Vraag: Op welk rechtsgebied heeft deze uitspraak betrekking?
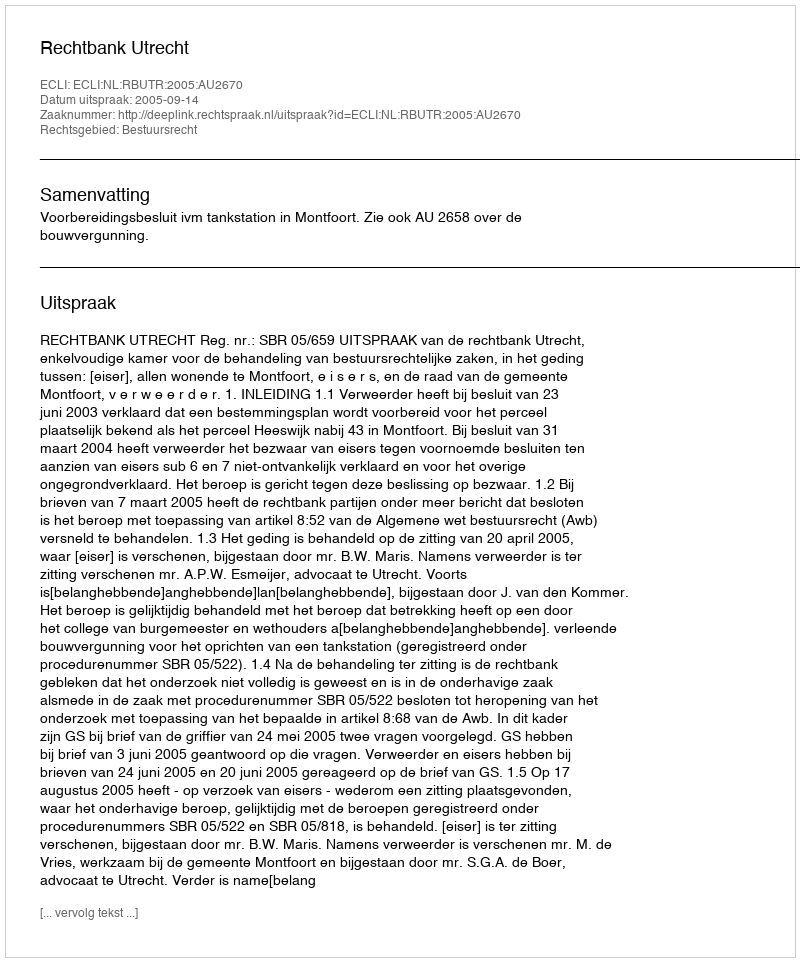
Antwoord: Bestuursrecht